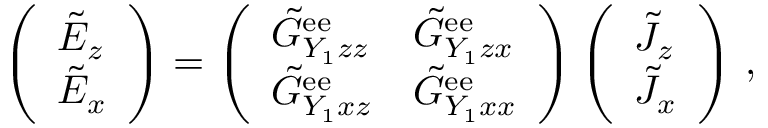
\left( \begin{array} { l } { \tilde { E } _ { z } } \\ { \tilde { E } _ { x } } \end{array} \right) = \left( \begin{array} { l l } { \tilde { G } _ { Y _ { 1 } z z } ^ { \mathrm { e e } } } & { \tilde { G } _ { Y _ { 1 } z x } ^ { \mathrm { e e } } } \\ { \tilde { G } _ { Y _ { 1 } x z } ^ { \mathrm { e e } } } & { \tilde { G } _ { Y _ { 1 } x x } ^ { \mathrm { e e } } } \end{array} \right) \left( \begin{array} { l } { \tilde { J } _ { z } } \\ { \tilde { J } _ { x } } \end{array} \right) \, ,